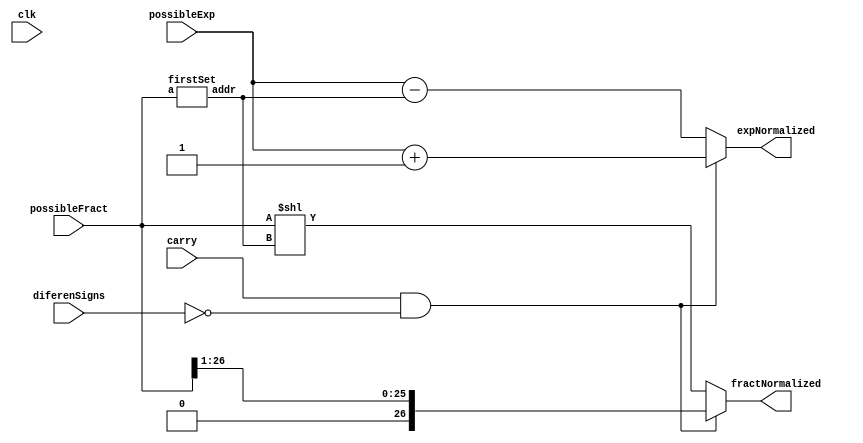
module normalizer (
    input clk,
    input carry,
    input diferenSigns,
    input [26:0] possibleFract,
    input [7:0] possibleExp,
    output [26:0] fractNormalized,
    output [7:0] expNormalized
);

reg [26:0] newFract;
reg [7:0] newExp;
wire [4:0] totalShiftLeft;

firstSet firstSet (possibleFract, totalShiftLeft);

always @(*) begin
    if (carry && !diferenSigns) begin
        newFract = possibleFract >> 1'b1;
        newExp = possibleExp + 1'b1;
    end else begin
        newFract = possibleFract << totalShiftLeft;
        newExp = possibleExp - totalShiftLeft;
        // for (i = 26; possibleFract[i] != 1 && i >= 0; i = i - 1) begin
        //     newFract = possibleFract << (26 - i);
        //     newExp = possibleExp - (26 - i);
        // end
    end
end

assign fractNormalized = newFract;
assign expNormalized = newExp;

// assign fractNormalized = (carry)? possibleFract >> 1'b1 : possibleFract >> 1'b1;
// assign expNormalized = (carry)? possibleExp + 1'b1 : possibleExp + 1'b1;

endmodule

module firstSet (
    input [26:0] a,
    output reg [4:0] addr
);

always @(*) begin
    if (a[26] == 1) addr = 5'b0;
    else if (a[25] == 1) addr = 5'd1;
    else if (a[24] == 1) addr = 5'd2;
    else if (a[23] == 1) addr = 5'd3;
    else if (a[22] == 1) addr = 5'd4;
    else if (a[21] == 1) addr = 5'd5;
    else if (a[20] == 1) addr = 5'd6;
    else if (a[19] == 1) addr = 5'd7;
    else if (a[18] == 1) addr = 5'd8;
    else if (a[17] == 1) addr = 5'd9;
    else if (a[16] == 1) addr = 5'd10;
    else if (a[15] == 1) addr = 5'd11;
    else if (a[14] == 1) addr = 5'd12;
    else if (a[13] == 1) addr = 5'd13;
    else if (a[12] == 1) addr = 5'd14;
    else if (a[11] == 1) addr = 5'd15;
    else if (a[10] == 1) addr = 5'd16;
    else if (a[9] == 1) addr = 5'd17;
    else if (a[8] == 1) addr = 5'd18;
    else if (a[7] == 1) addr = 5'd19;
    else if (a[6] == 1) addr = 5'd20;
    else if (a[5] == 1) addr = 5'd21;
    else if (a[4] == 1) addr = 5'd22;
    else if (a[3] == 1) addr = 5'd23;
    else if (a[2] == 1) addr = 5'd24;
    else if (a[1] == 1) addr = 5'd25;
    else if (a[0] == 1) addr = 5'd26;
end
    
endmodule